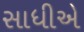
સાધીએ